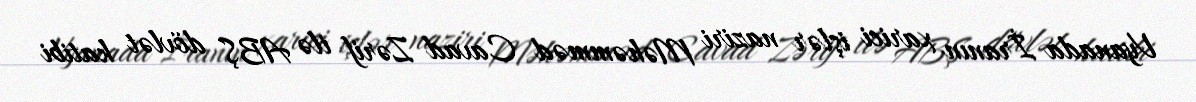
Vyanada İranın xarici işlər naziri Məhəmməd Cavad Zərif ilə ABŞ dövlət katibi